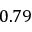
0 . 7 9